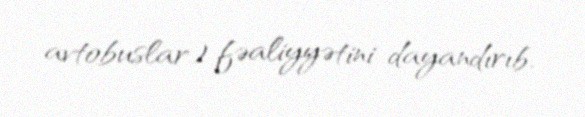
avtobuslar) fəaliyyətini dayandırıb.